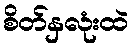
စိတ်နှလုံးထဲ